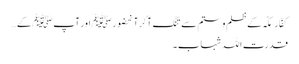
کفّارِمکّہ کے ظلم و ستم سے تنگ آکرآنحضورﷺ اور آپ ﷺ کے…
قدرت اللہ شہاب ۔